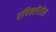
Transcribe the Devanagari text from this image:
एपिक्लेरोस